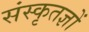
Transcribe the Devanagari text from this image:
संस्कृतज्ञों